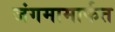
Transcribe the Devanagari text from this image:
जंगमामार्फत